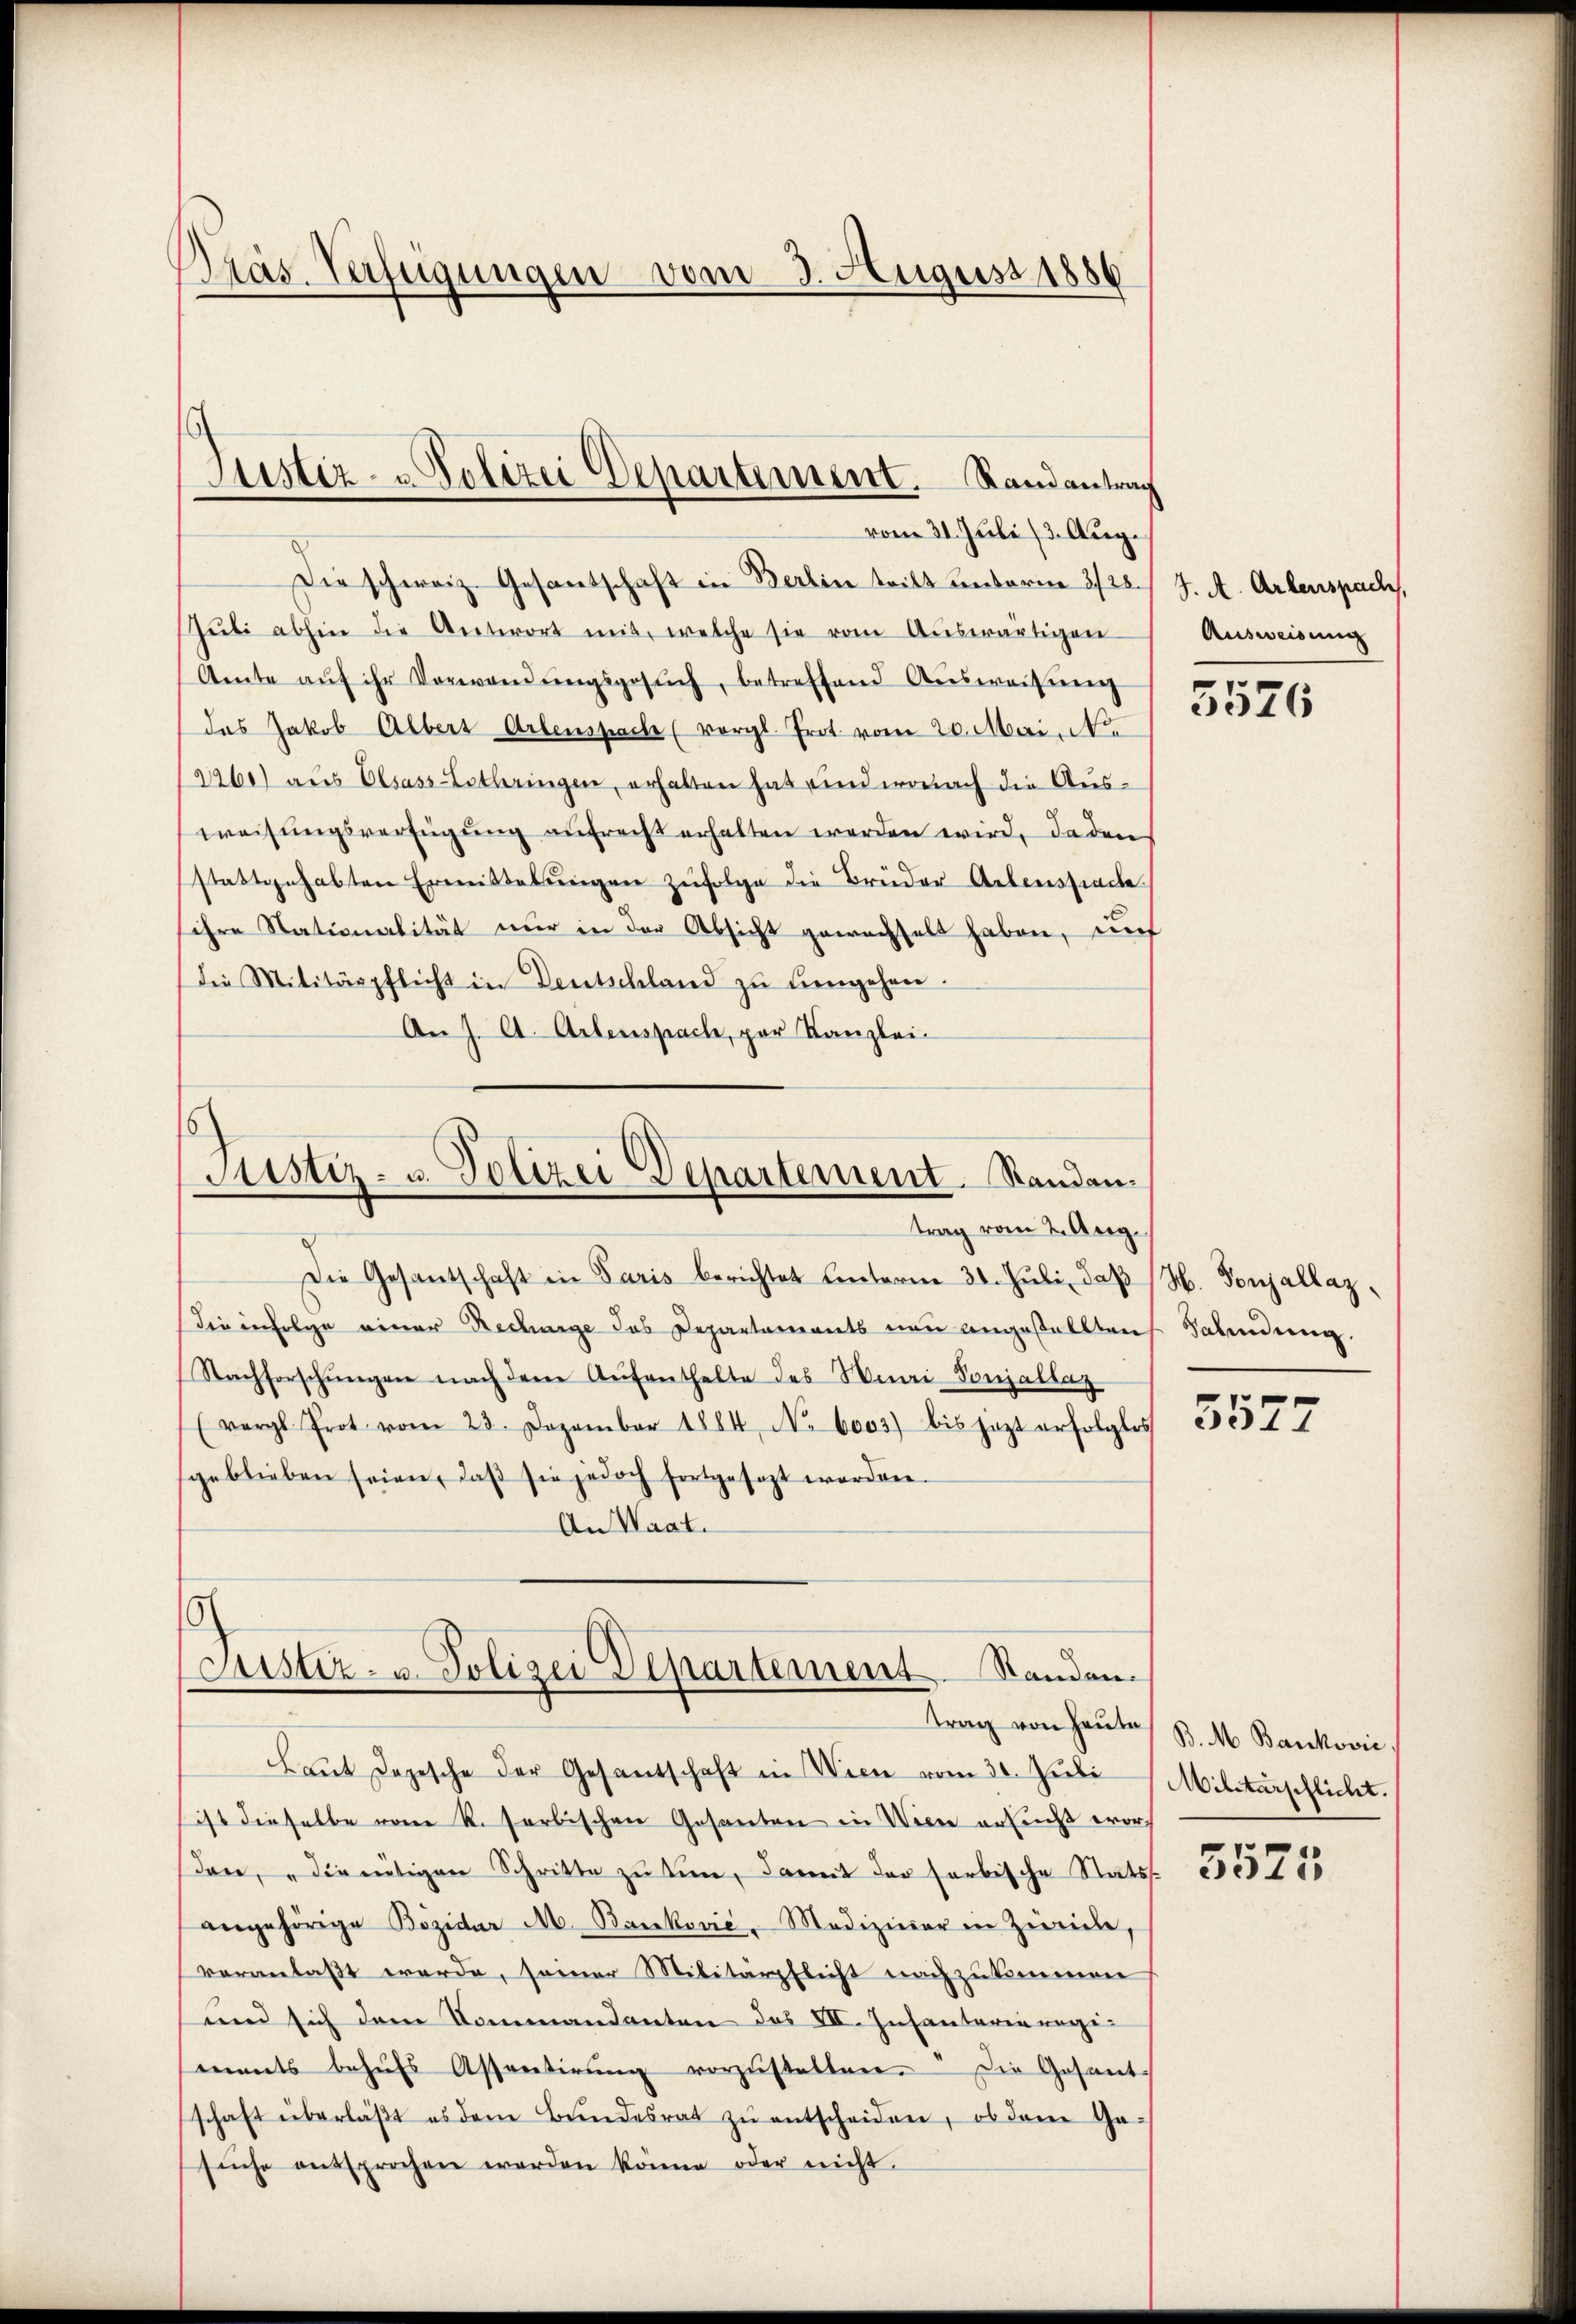
Pras. Verfügungen vom 3. August 1886

Die schweiz. Gesantschaft in Berlin teilt unterm 3/28.) J. A. Artenspach,
Jŭli abhin die Antwort mit, welche sie vom Aŭswärtigen
Amte aŭf ihr Verwendŭngsgesŭch, betreffend Aŭsweisŭng
das Jakob Albers Arbenspache (vergl. Prot. vom 20. Mai. No.
2260) aus Elsass-Lothringen, erhalten hat und wonach die Ausweisŭngsverfügŭng aŭfrecht erhalten werden wird, da den
stattgehabten Ermittelŭngen zŭfolge die Brüder Arbenssache
ihre Nationalität nur in der Absicht gewachselt haben, auf
Die Militärpflicht in Deutschland zŭ hengehen.
An J. A. Artenspach, par Kanzlei-

Justiz- u. Polizei Departement. Randantrag
vom 31. Juli 13. Aug.

s
Justiz- u. Polizei Departement. Standen.
trag vom 2. Aug.

Justiz- u. Polizei Departement Standen.
trag von Hauses B. M. Banković

Laut Depesche der Gesantschaft in Wien vom 30. Juli
ist dieselbe vom R. farbischen Gesanten in Wien ansucht worden, die nötigen Schritte zu tun, damit das farbische Statsangehörige Bözidor M. Banković, Mediziner in Zürich,
veranlaßt werde, seiner Militärpflicht nachzukommen
und sich dem Commandanten das VII. Insantaria regimnants behŭfs Assentirŭng vorzŭstellen. Die Gesant
schaft überläβt es dem Bŭndesrat zŭ entscheiden, ob dem Ge-
sŭche entsprochen werden könne oder nicht.

Die Gesantschaft in Paris berichtet unterm 30. Jŭli, daß H. Vonjallaz,
die infolge einer Rechange das Departements neu angestellten Salindung.
Nachforschŭngen nach dem Aŭfenthalte des Muni-Sonjallaz
(vergl. Prot vom 23. Dezember 1884, No. 6003) bis jezt erfolglos
geblieben seien, daβ sie jedoch fortgesezt worden.
An Waat.
.

Ausweisung

3526

5527

Militärschlicht.

5525